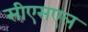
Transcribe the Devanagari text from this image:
सीएसएल